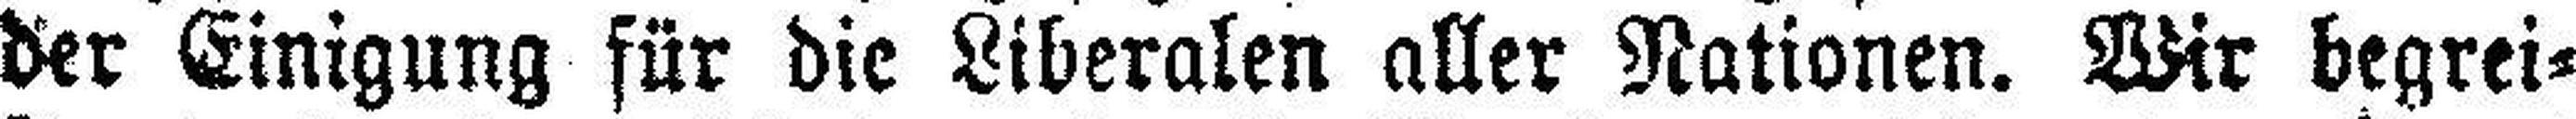
der Einigung für die Liberalen aller Nationen. Wir begrei¬